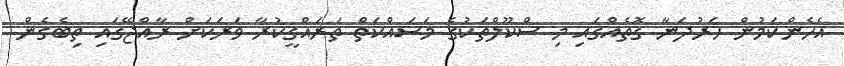
އެހެންކަމުން ހަރުދަނާ ގޮތެއްގައި މި ސްކޫލްތަކުގެ މަސައްކަތް ތަރައްގީކުރާ ވަރަކަށް ރާއްޖޭގައި ތިބެގެން